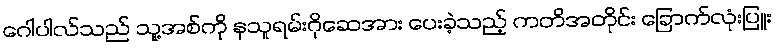
ဂေါပါလ်သည် သူ့အစ်ကို နသူရမ်းဂိုဆေအား ပေးခဲ့သည့် ကတိအတိုင်း ခြောက်လုံးပြူး